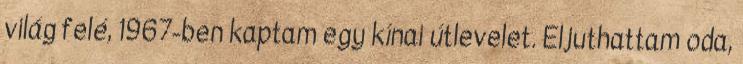
világ felé, 1967-ben kaptam egy kínai útlevelet. Eljuthattam oda,